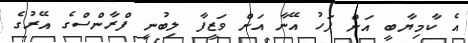
އެ ކާމިޔާބީ އަށް ފަހު އޭނާ އަށް ވަޒީފާ ލިބުނީ ފްރާންސްގެ އޭރުގެ